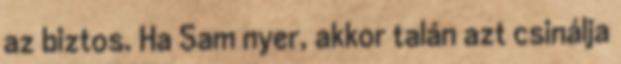
az biztos. Ha Sam nyer, akkor talán azt csinálja